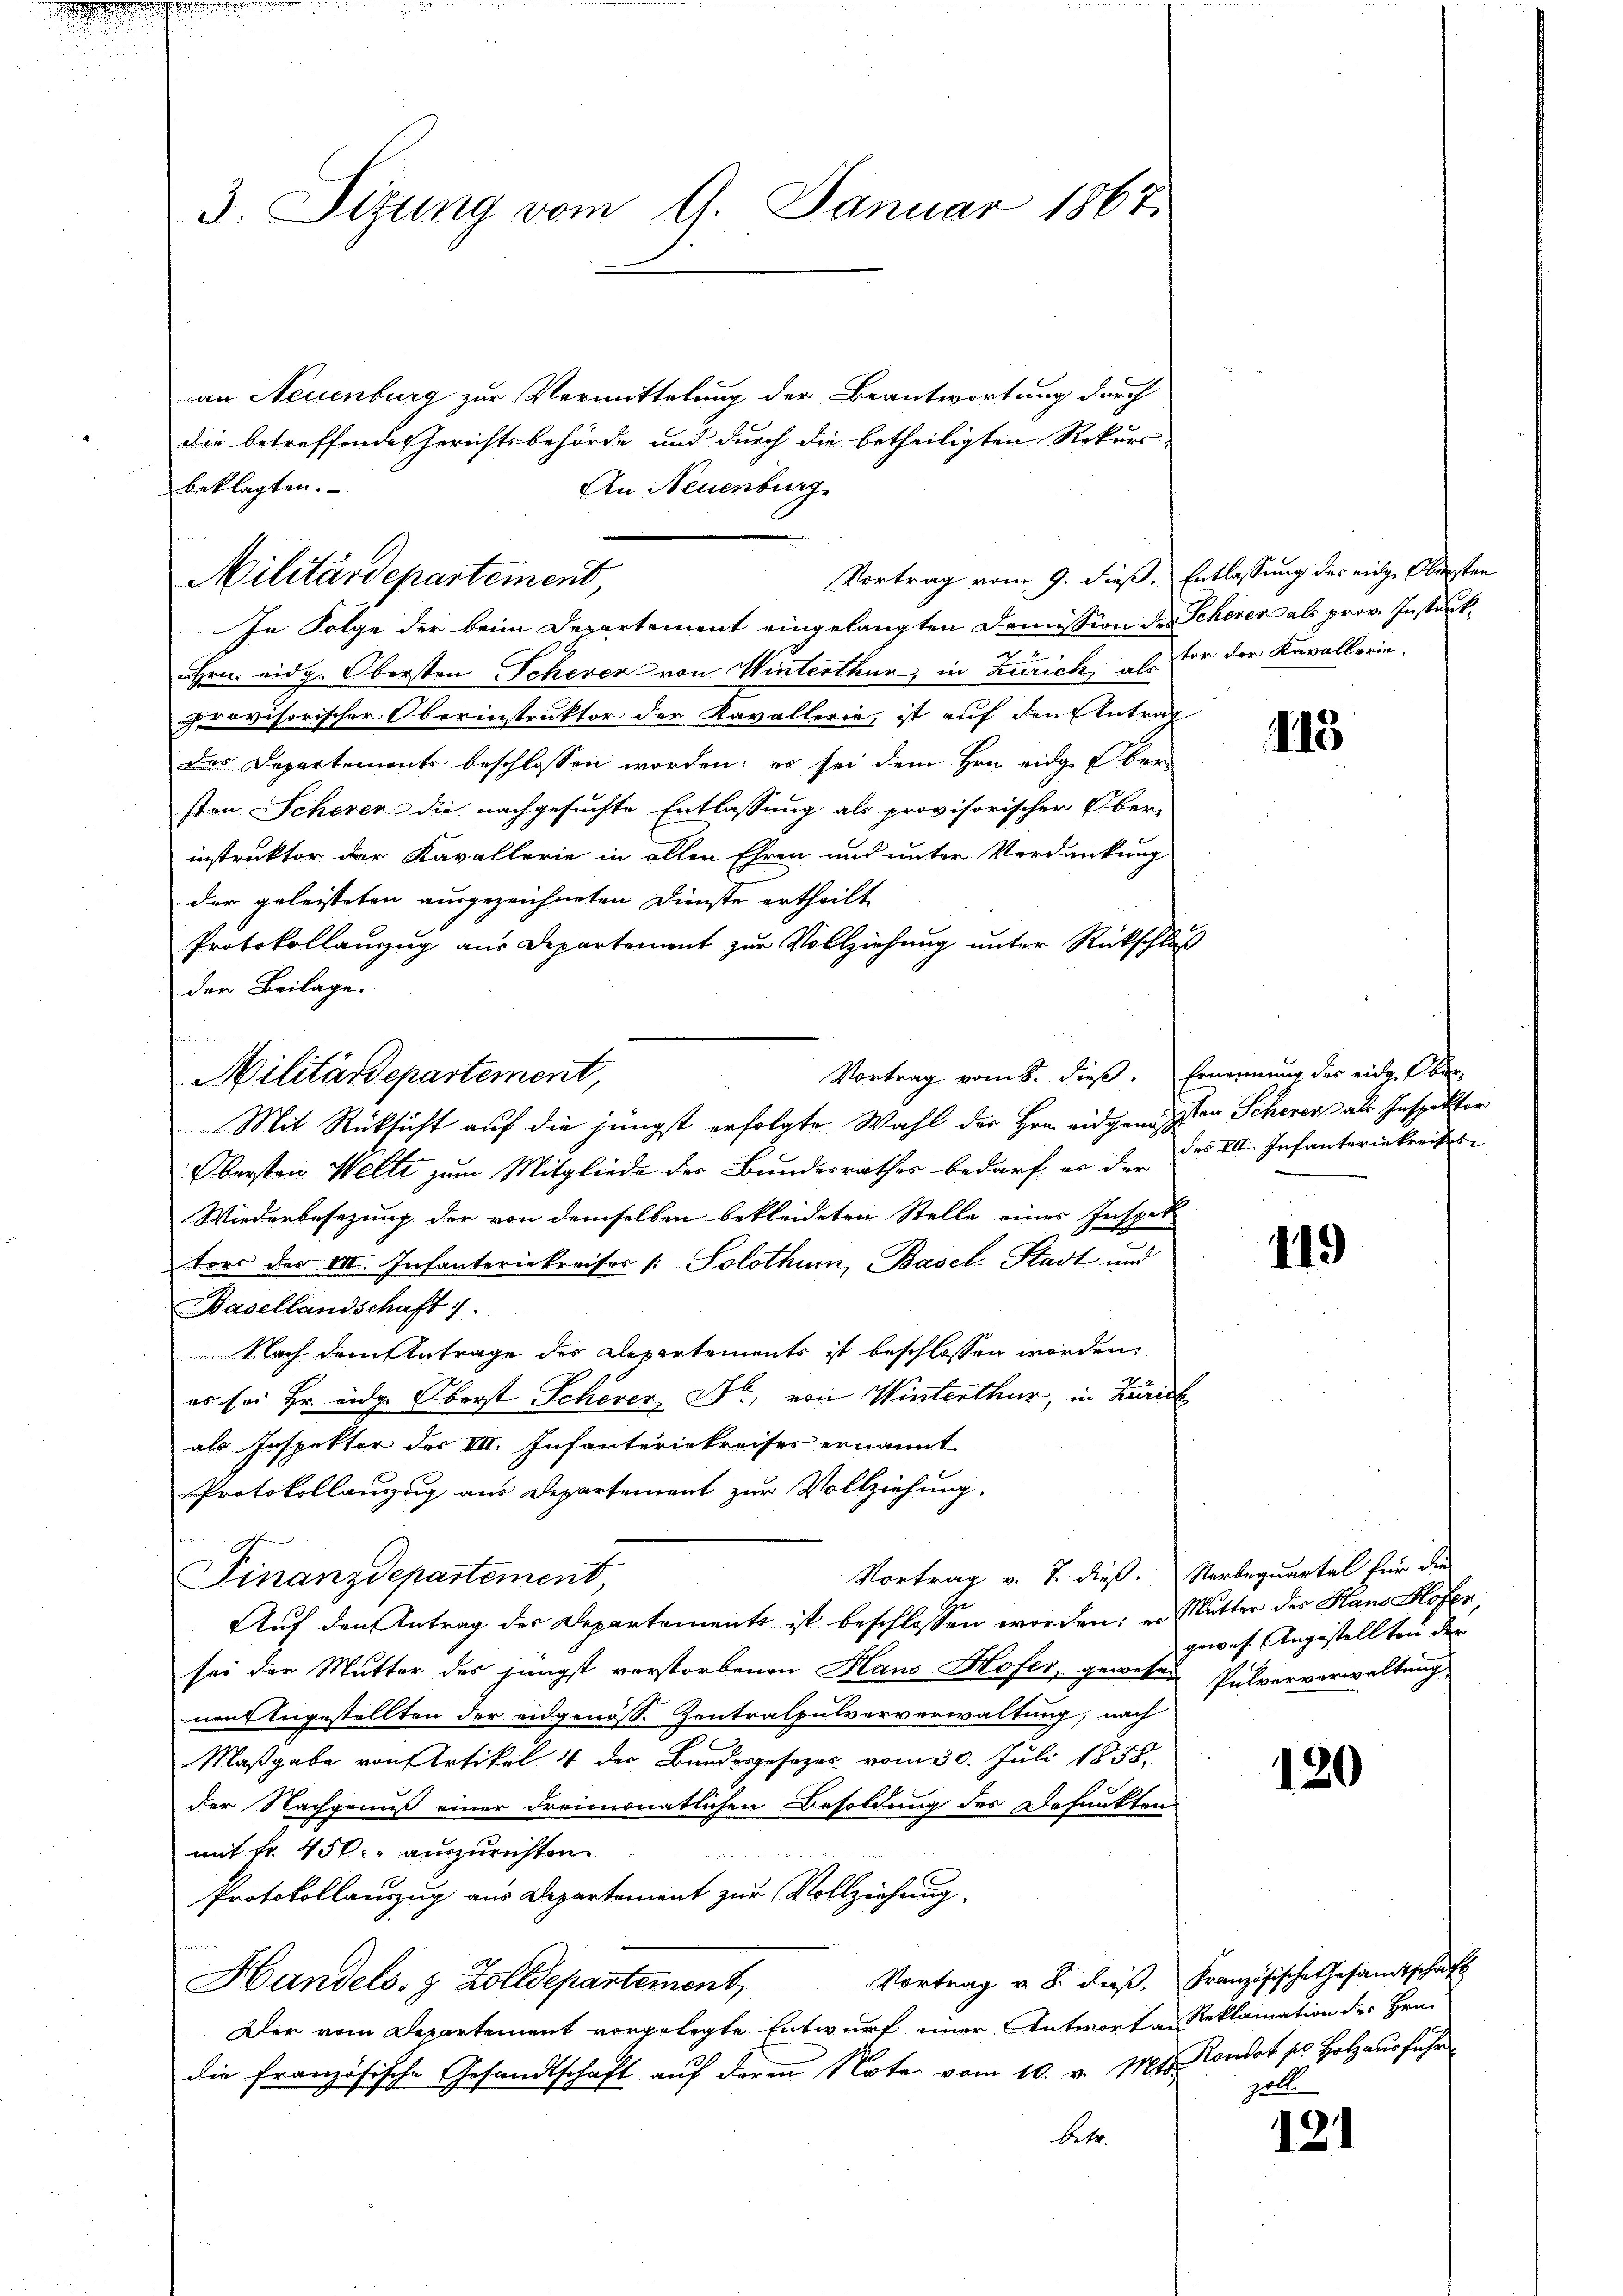
3. Sitzung vom 9. Januar 1867.

an Neuenburg zur Vermittelung der Beantwortung durch
die betreffende Gerichtsbehörde und durch die betheiligten Rekurs
Vortrag vom 9. dieß. Entlassung des einge Obersten
In Folge der beim Departement eingelangten Demission der Scherer als prov. Instruk¬
Hrn. eidg. Obersten Schever von Winterthur, in Zürich, als vor der Kavallerin,
provisorischer Oberinstruktor der Kavallerie, ist auf den Antrag
der Departements beschlossen worden; es sei dem Hrn. eidg. Über-
sten Scheren die nachgesuchte Entlassung als provisorischer Ober-
instruktor der Kavallerie in allen Ehren und unter Verdankung
der geleisteten ausgezeichneten Dinste ertheilt
Protokollanzug aus Departement zur Vollziehung unter Rückschluß
der Beilage
Vortrag vom 8. dieß. Ernennung des eidg. Eber
Mit Rücksicht auf die jüngst erfolgte Wahl der Hrn. eidgenossen Scheert als Inspektor
Obersten Welti zum Mitgliede der Bundesrathes bedarf er der F. VI. Infanteriekreises
Wiederbesezung der von demselben bekleideten Stelle einer Inspet
tors der VII. Infanteriekreises /: Solothur, Basels Stadt und
Basellandschaft 1.
Nach dem Antrage des Departements ist beschlossen worden,
es sei Hr. eidg. Oberst Scherer, Dr., von Winterthur, in Zürich
als Inspektor des III. Infanteriekreises ernannt
Protokollauszug aus Departement zur Vollziehung.
Vortrag v. 7. dieß. Verbequartal für die
Finanzdepartement,
Auf den Antrag des Departements ist beschlossen worden; er Mutter des Haus Blösen,
sei der Mutter des jüngst verstorbenen Haus Hofer, gewesen Pulververwaltung
nen Angestellten der eidgenöss. Zentralpulververwaltung, nach
Maßgabe von Artikel 4 der Bundesgesezes vom 30. Juli 1858.
der Nachgenuß einer dreimonatlichen Besoldung des Besankten
mit Fr. 450. auszurichten.
Protokollauszug aus Departement zur Vollziehung.
Handels- & Zolldepartement Vortrag u. 8. dieβ. Französische Gesamtschaft
Der vom Departement vorgelegte Entwurf einer Antwort an Reklamation des Hrn.
die französische Gesandtschaft aŭf deren Note vom 10. v. Mts. Londot sel. Holzausführ
betr.

beklagten.
An Neuenburg
Militärdepartement,

Militärdepartement,

113

119

gewes Angestellten der

120

halte
121